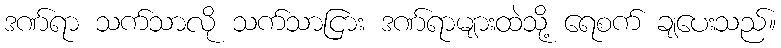
ဒဏ်ရာ သက်သာလို သက်သာငြား ဒဏ်ရာများထဲသို့ ရေစက် ချပေးသည်။